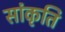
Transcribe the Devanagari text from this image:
सांकृति